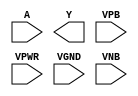
/**
 * Copyright 2020 The SkyWater PDK Authors
 *
 * Licensed under the Apache License, Version 2.0 (the "License");
 * you may not use this file except in compliance with the License.
 * You may obtain a copy of the License at
 *
 *     https://www.apache.org/licenses/LICENSE-2.0
 *
 * Unless required by applicable law or agreed to in writing, software
 * distributed under the License is distributed on an "AS IS" BASIS,
 * WITHOUT WARRANTIES OR CONDITIONS OF ANY KIND, either express or implied.
 * See the License for the specific language governing permissions and
 * limitations under the License.
 *
 * SPDX-License-Identifier: Apache-2.0
 */

`ifndef SKY130_FD_SC_LP__CLKINV_PP_SYMBOL_V
`define SKY130_FD_SC_LP__CLKINV_PP_SYMBOL_V

/**
 * clkinv: Clock tree inverter.
 *
 * Verilog stub (with power pins) for graphical symbol definition
 * generation.
 *
 * WARNING: This file is autogenerated, do not modify directly!
 */

`timescale 1ns / 1ps
`default_nettype none

(* blackbox *)
module sky130_fd_sc_lp__clkinv (
    //# {{data|Data Signals}}
    input  A   ,
    output Y   ,

    //# {{power|Power}}
    input  VPB ,
    input  VPWR,
    input  VGND,
    input  VNB
);
endmodule

`default_nettype wire
`endif  // SKY130_FD_SC_LP__CLKINV_PP_SYMBOL_V